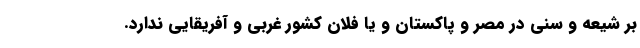
بر شیعه و سنی در مصر و پاکستان و یا فلان کشور غربی و آفریقایی ندارد.